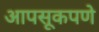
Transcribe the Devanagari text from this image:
आपसूकपणे